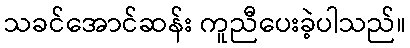
သခင်အောင်ဆန်း ကူညီပေးခဲ့ပါသည်။